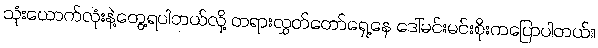
သုံးယောက်လုံးနဲ့တွေ့ရပါတယ်လို့ တရားလွှတ်တော်ရှေ့နေ ဒေါ်မင်းမင်းစိုးကပြောပါတယ်။